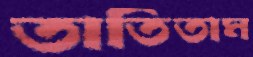
তাতিতাম